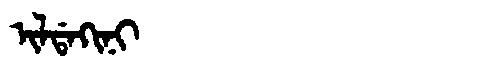
Manchu: ᡳᠯᡩᠠᡴᡳᠨᡳ
Romanization: ILDAKINI